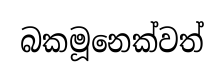
බකමූනෙක්වත්